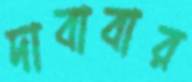
দাবাবার